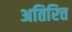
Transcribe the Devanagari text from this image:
अतिरित्त